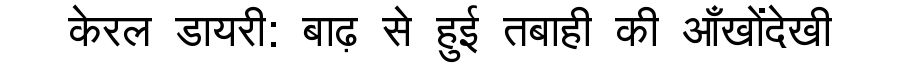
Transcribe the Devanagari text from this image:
केरल डायरी: बाढ़ से हुई तबाही की आँखोंदेखी